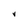
Character: V